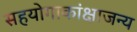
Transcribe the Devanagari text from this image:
सहयोगाकांक्षाजन्य